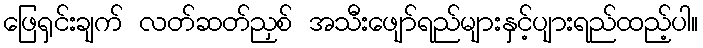
ဖြေရှင်းချက် လတ်ဆတ်ညှစ် အသီးဖျော်ရည်များနှင့်ပျားရည်ထည့်ပါ။